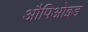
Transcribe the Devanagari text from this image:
औपिओइड